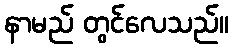
နာမည် တွင်လေသည်။